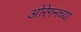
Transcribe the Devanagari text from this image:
ओरेगनच्या